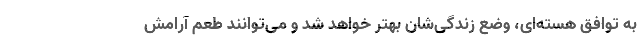
به توافق هسته‌ای، وضع زندگی‌شان بهتر خواهد شد و می‌توانند طعم آرامش